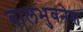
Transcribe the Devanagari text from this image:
बालभुवनेश